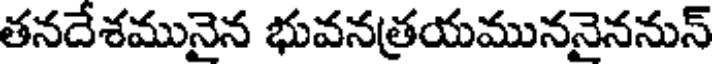
తనదేశమునైన భువనత్రయముననైననున్